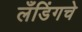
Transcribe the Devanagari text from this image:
लँडिंगचे